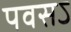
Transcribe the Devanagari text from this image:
पवसऽ